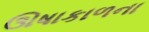
ઊષાકાળના